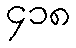
၄၁၈